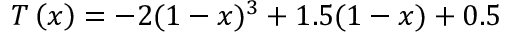
T \left( x \right) = - 2 ( 1 - x ) ^ { 3 } + 1 . 5 ( 1 - x ) + 0 . 5